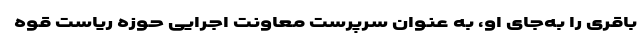
باقری را به‌جای او، به عنوان سرپرست معاونت اجرایی حوزه ریاست قوه‌